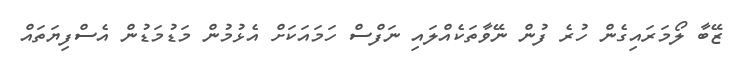
ޒޭބާ ލޯމަރައިގެން ހުރެ ފުން ނޭވާތަކެއްލައި ނަފްސް ހަމައަކަށް އެޅުމުން މަޑުމަޑުން އެސްފިޔަތައް